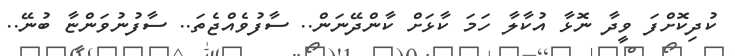
ކުދިކޮށްފަ ވީދާ ނޮޅާ އުކާލާ ހަމަ ކާޅަށް ކާންދޭނަން.. ސާފުވެއްޖެތަ.. ސާފުނުވަންޏާ ބުނޭ..